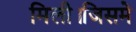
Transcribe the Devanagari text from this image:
मिली।जिसमे